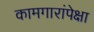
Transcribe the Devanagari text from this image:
कामगारांपेक्षा